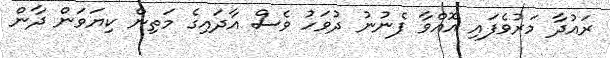
ރައުދާ މަރުވެފައި އޮއްވާ ފެނުނު ދުވަހު ވެސް އާދައިގެ މަތިން ކިޔަވަން ދާން